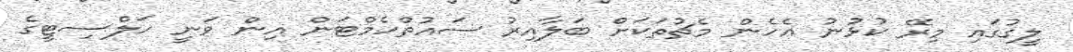
ލީގުގައި މިރޭ ކުޅުނު އެހެން މެޗުތަކަށް ބަލާއިރު ސައުތްހެމްޓަން އިން ވަނީ ހަލްސިޓީގެ